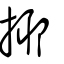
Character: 揶